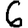
Digit: 6